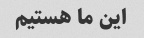
این ما هستیم